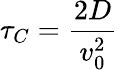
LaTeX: \tau_{C}={\frac{2D}{v_{0}^{2}}}